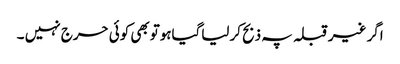
اگر غیرقبلہ پہ ذبح کرلیاگیاہوتوبھی کوئی حرج نہیں ۔